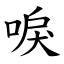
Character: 唳